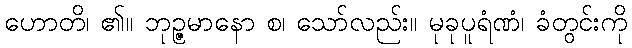
ဟောတိ၊ ၏။ ဘုဉ္ဇမာနော စ၊ သော်လည်း။ မုခုပူရံဏံ၊ ခံတွင်းကို